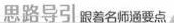
思路导引跟着名师通要点